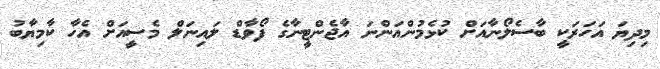
މިދިޔަ އަހަރަކީ ބާސެލޯނާއަށް ކުޅެމުންއަންނަ އާޖެންޓީނާގެ ފޯވާޑް ލައިނަލް މެސީއަށް އެހާ ކާމިޔާބު